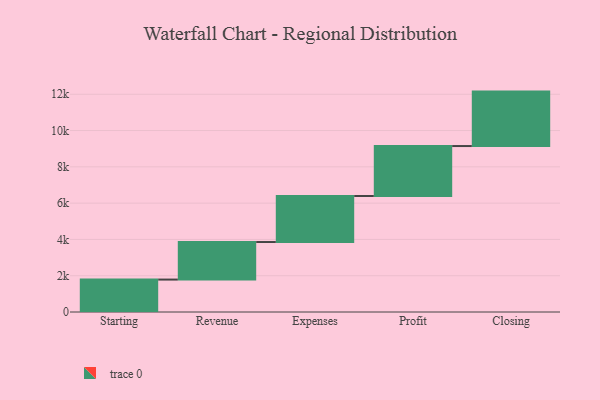
{"axis": {"x": "Step", "y": "Value"}, "legend": [""], "data": [{"x": "Starting", "y": 1787.0, "type": ""}, {"x": "Revenue", "y": 2069.0, "type": ""}, {"x": "Expenses", "y": 2537.0, "type": ""}, {"x": "Profit", "y": 2753.0, "type": ""}, {"x": "Closing", "y": 3000, "type": ""}]}